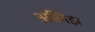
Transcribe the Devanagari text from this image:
अलिझ